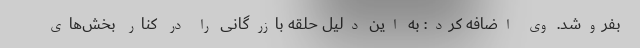
بفروشد. وی اضافه کرد: به این دلیل حلقه بازرگانی را در کنار بخش‌های